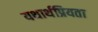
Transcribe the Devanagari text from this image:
यथार्थप्रियता